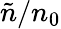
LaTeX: \tilde{n}/n_{0}